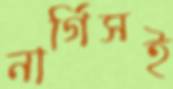
নার্গিসই